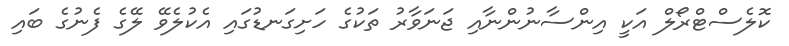
ކޮލެސްޓްރޯލް އަކީ އިންސާނުންނާއި ޖަނަވާރު ތަކުގެ ހަށިގަނޑުގައި އެކުލެވޭ ލޭގެ ފެނުގެ ބައި